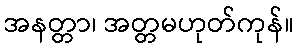
အနတ္တာ၊ အတ္တမဟုတ်ကုန်။